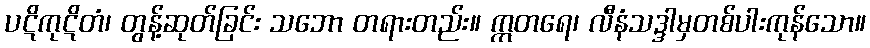
ပဋိကုဋိတံ၊ တွန့်ဆုတ်ခြင်း သဘော တရားတည်း။ ဣတရေ၊ လီနံသဒ္ဒါမှတစ်ပါးကုန်သော။